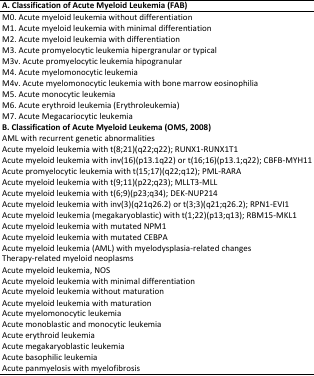
<table><thead><tr><td><b>A. Classification of Acute Myeloid Leukemia (FAB)</b></td></tr></thead><tbody><tr><td>M0. Acute myeloid leukemia without differentiation</td></tr><tr><td>M1. Acute myeloid leukemia with minimal differentiation</td></tr><tr><td>M2. Acute myeloid leukemia with differentiation</td></tr><tr><td>M3. Acute promyelocytic leukemia hipergranular or typical</td></tr><tr><td>M3v. Acute promyelocytic leukemia hipogranular</td></tr><tr><td>M4. Acute myelomonocytic leukemia </td></tr><tr><td>M4v. Acute myelomonocytic leukemia with bone marrow eosinophilia</td></tr><tr><td>M5. Acute monocytic leukemia </td></tr><tr><td>M6. Acute erythroid leukemia (Erythroleukemia)</td></tr><tr><td>M7. Acute Megacariocytic leukemia</td></tr><tr><td><b>B. Classification of Acute Myeloid Leukema (OMS, 2008)</b></td></tr><tr><td>AML with recurrent genetic abnormalities</td></tr><tr><td>Acute myeloid leukemia with t(8;21)(q22;q22); RUNX1-RUNX1T1</td></tr><tr><td>Acute myeloid leukemia with inv(16)(p13.1q22) or t(16;16)(p13.1;q22); CBFB-MYH11</td></tr><tr><td>Acute promyelocytic leukemia with t(15;17)(q22;q12); PML-RARA</td></tr><tr><td>Acute myeloid leukemia with t(9;11)(p22;q23); MLLT3-MLL</td></tr><tr><td>Acute myeloid leukemia with t(6;9)(p23;q34); DEK-NUP214</td></tr><tr><td>Acute myeloid leukemia with inv(3)(q21q26.2) or t(3;3)(q21;q26.2); RPN1-EVI1</td></tr><tr><td>Acute myeloid leukemia (megakaryoblastic) with t(1;22)(p13;q13); RBM15-MKL1</td></tr><tr><td>Acute myeloid leukemia with mutated NPM1</td></tr><tr><td>Acute myeloid leukemia with mutated CEBPA</td></tr><tr><td>Acute myeloid leukemia (AML) with myelodysplasia-related changes</td></tr><tr><td>Therapy-related myeloid neoplasms</td></tr><tr><td>Acute myeloid leukemia, NOS</td></tr><tr><td>Acute myeloid leukemia with minimal differentiation</td></tr><tr><td>Acute myeloid leukemia without maturation</td></tr><tr><td>Acute myeloid leukemia with maturation </td></tr><tr><td>Acute myelomonocytic leukemia</td></tr><tr><td>Acute monoblastic and monocytic leukemia</td></tr><tr><td>Acute erythroid leukemia</td></tr><tr><td>Acute megakaryoblastic leukemia</td></tr><tr><td>Acute basophilic leukemia</td></tr><tr><td>Acute panmyelosis with myelofibrosis</td></tr></tbody></table>